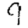
Digit: 9